Civil Veterinary Department Bihar & Orissa reports 1929-36 - 1929-1936
Year: 1929
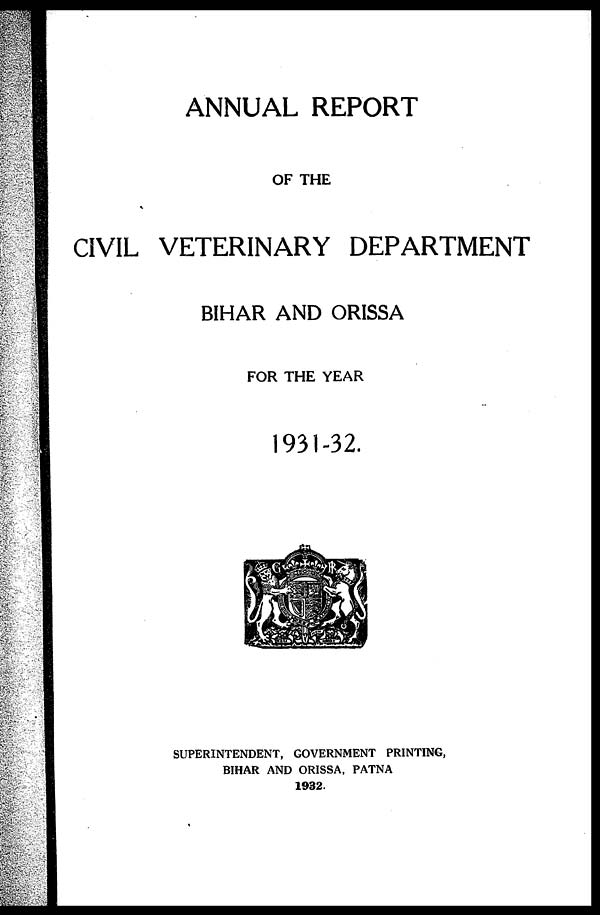
ANNUAL REPORT
OF THE
CIVIL VETERINARY DEPARTMENT
BIHAR AND ORISSA
FOR THE YEAR
1931-32.
SUPERINTENDENT, GOVERNMENT PRINTING,
BIHAR AND ORISSA, PATNA
1932.